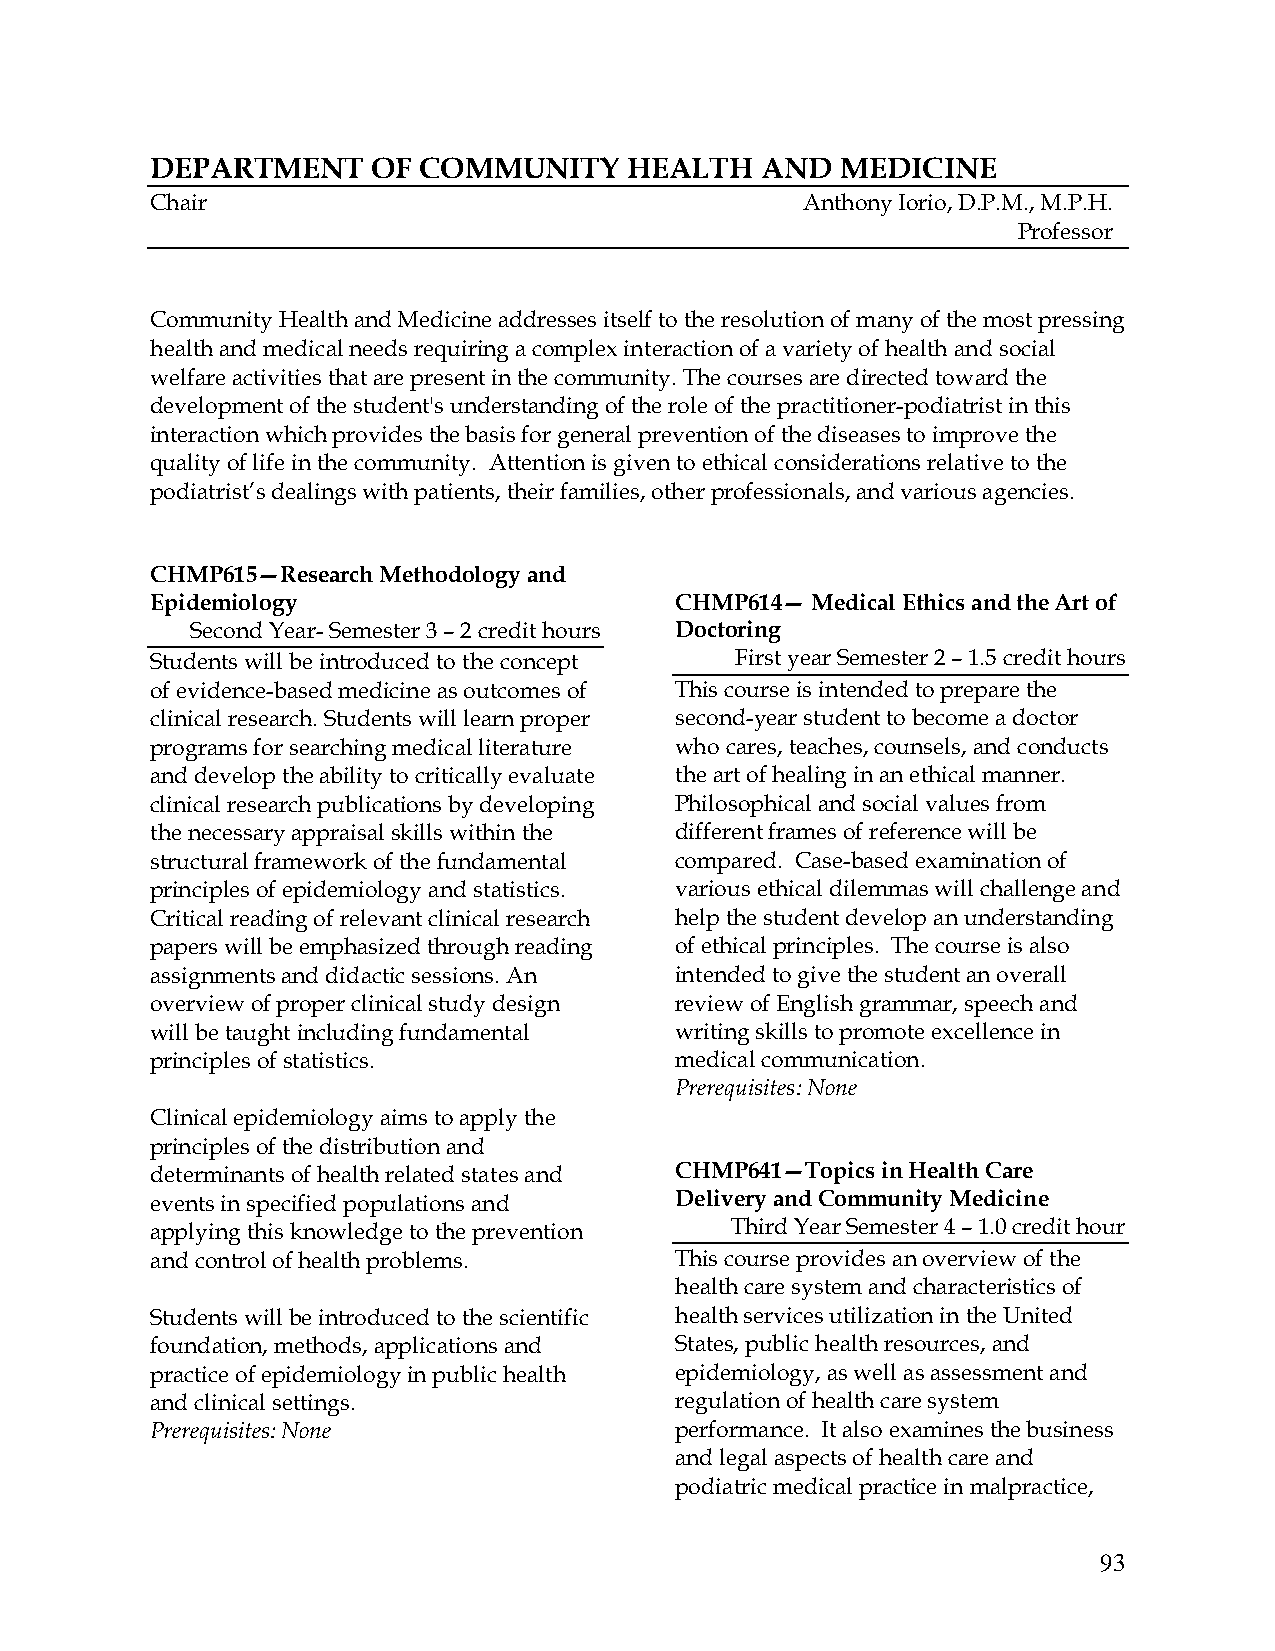
DEPARTMENT     OF COMMUNITY     HEALTH  AND   MEDICINE
 Chair                                      Anthony Iorio, D.P.M., M.P.H.
 Professor
 Community Health and Medicine addresses itself to the resolution of many of the most pressing
 health and medical needs requiring a complex interaction of a variety of health and social
 welfare activities that are present in the community. The courses are directed toward the
 development of the student's understanding of the role of the practitioner-podiatrist in this
 interaction which provides the basis for general prevention of the diseases to improve the
 quality of life in the community. Attention is given to ethical considerations relative to the
 podiatrist’s dealings with patients, their families, other professionals, and various agencies.
 CHMP615—Research Methodology and
 Epidemiology                       CHMP614— Medical Ethics and the Art of
 Second Year- Semester 3 – 2 credit hours Doctoring
 Students will be introduced to the concept First year Semester 2 – 1.5 credit hours
 of evidence-based medicine as outcomes of This course is intended to prepare the
 clinical research. Students will learn proper second-year student to become a doctor
 programs for searching medical literature who cares, teaches, counsels, and conducts
 and develop the ability to critically evaluate the art of healing in an ethical manner.
 clinical research publications by developing Philosophical and social values from
 the necessary appraisal skills within the different frames of reference will be
 structural framework of the fundamental compared. Case-based examination of
 principles of epidemiology and statistics. various ethical dilemmas will challenge and
 Critical reading of relevant clinical research help the student develop an understanding
 papers will be emphasized through reading of ethical principles. The course is also
 assignments and didactic sessions. An intended to give the student an overall
 overview of proper clinical study design review of English grammar, speech and
 will be taught including fundamental writing skills to promote excellence in
 principles of statistics.          medical communication.
 Prerequisites: None
 Clinical epidemiology aims to apply the
 principles of the distribution and
 determinants of health related states and CHMP641—Topics in Health Care
 events in specified populations and Delivery and Community Medicine
 applying this knowledge to the prevention Third Year Semester 4 – 1.0 credit hour
 and control of health problems.    This course provides an overview of the
 health care system and characteristics of
 Students will be introduced to the scientific health services utilization in the United
 foundation, methods, applications and States, public health resources, and
 practice of epidemiology in public health epidemiology, as well as assessment and
 and clinical settings.             regulation of health care system
 Prerequisites: None                performance. It also examines the business
 and legal aspects of health care and
 podiatric medical practice in malpractice,
 93